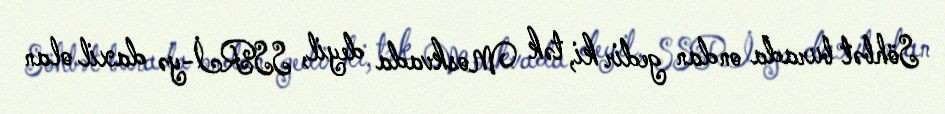
Söhbət burada ondan gedir ki, tək Moskvada deyil, SSRİ-yə daxil olan